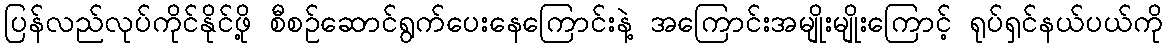
ပြန်လည်လုပ်ကိုင်နိုင်ဖို့ စီစဉ်ဆောင်ရွက်ပေးနေကြောင်းနဲ့ အကြောင်းအမျိုးမျိုးကြောင့် ရုပ်ရှင်နယ်ပယ်ကို